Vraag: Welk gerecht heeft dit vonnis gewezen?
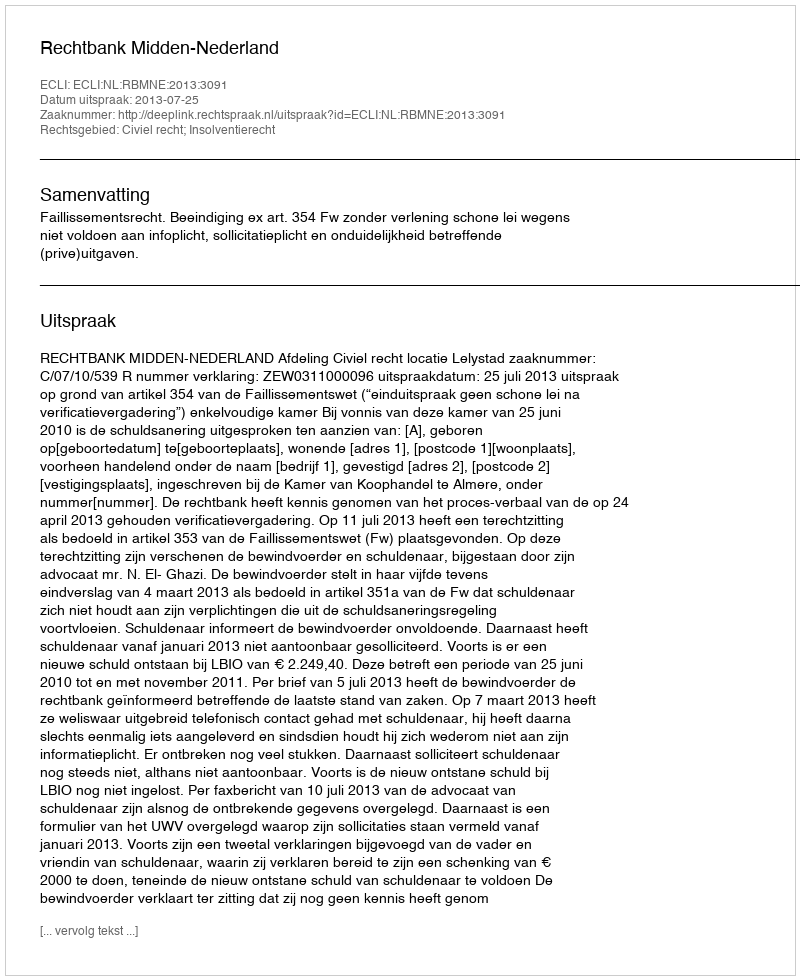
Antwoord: Rechtbank Midden-Nederland